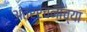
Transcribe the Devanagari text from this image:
अंतर्रचनांच्या